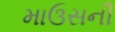
માઉસની